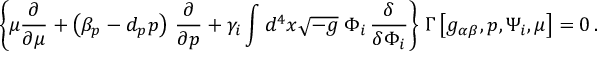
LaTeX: \left\{ \mu \frac { \partial } { \partial \mu } + \left( \beta _ { p } - d _ { p } p \right) \, \frac { \partial } { \partial p } + \gamma _ { i } \int d ^ { 4 } x \sqrt { - g } \; \Phi _ { i } \, \frac { \delta } { \delta \Phi _ { i } } \right\} \, \Gamma \left[ g _ { \alpha \beta } , p , \Psi _ { i } , \mu \right] = 0 \, .